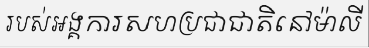
របស់អង្គការសហប្រជាជាតិនៅម៉ាលី